Riigikantselei, lk 163
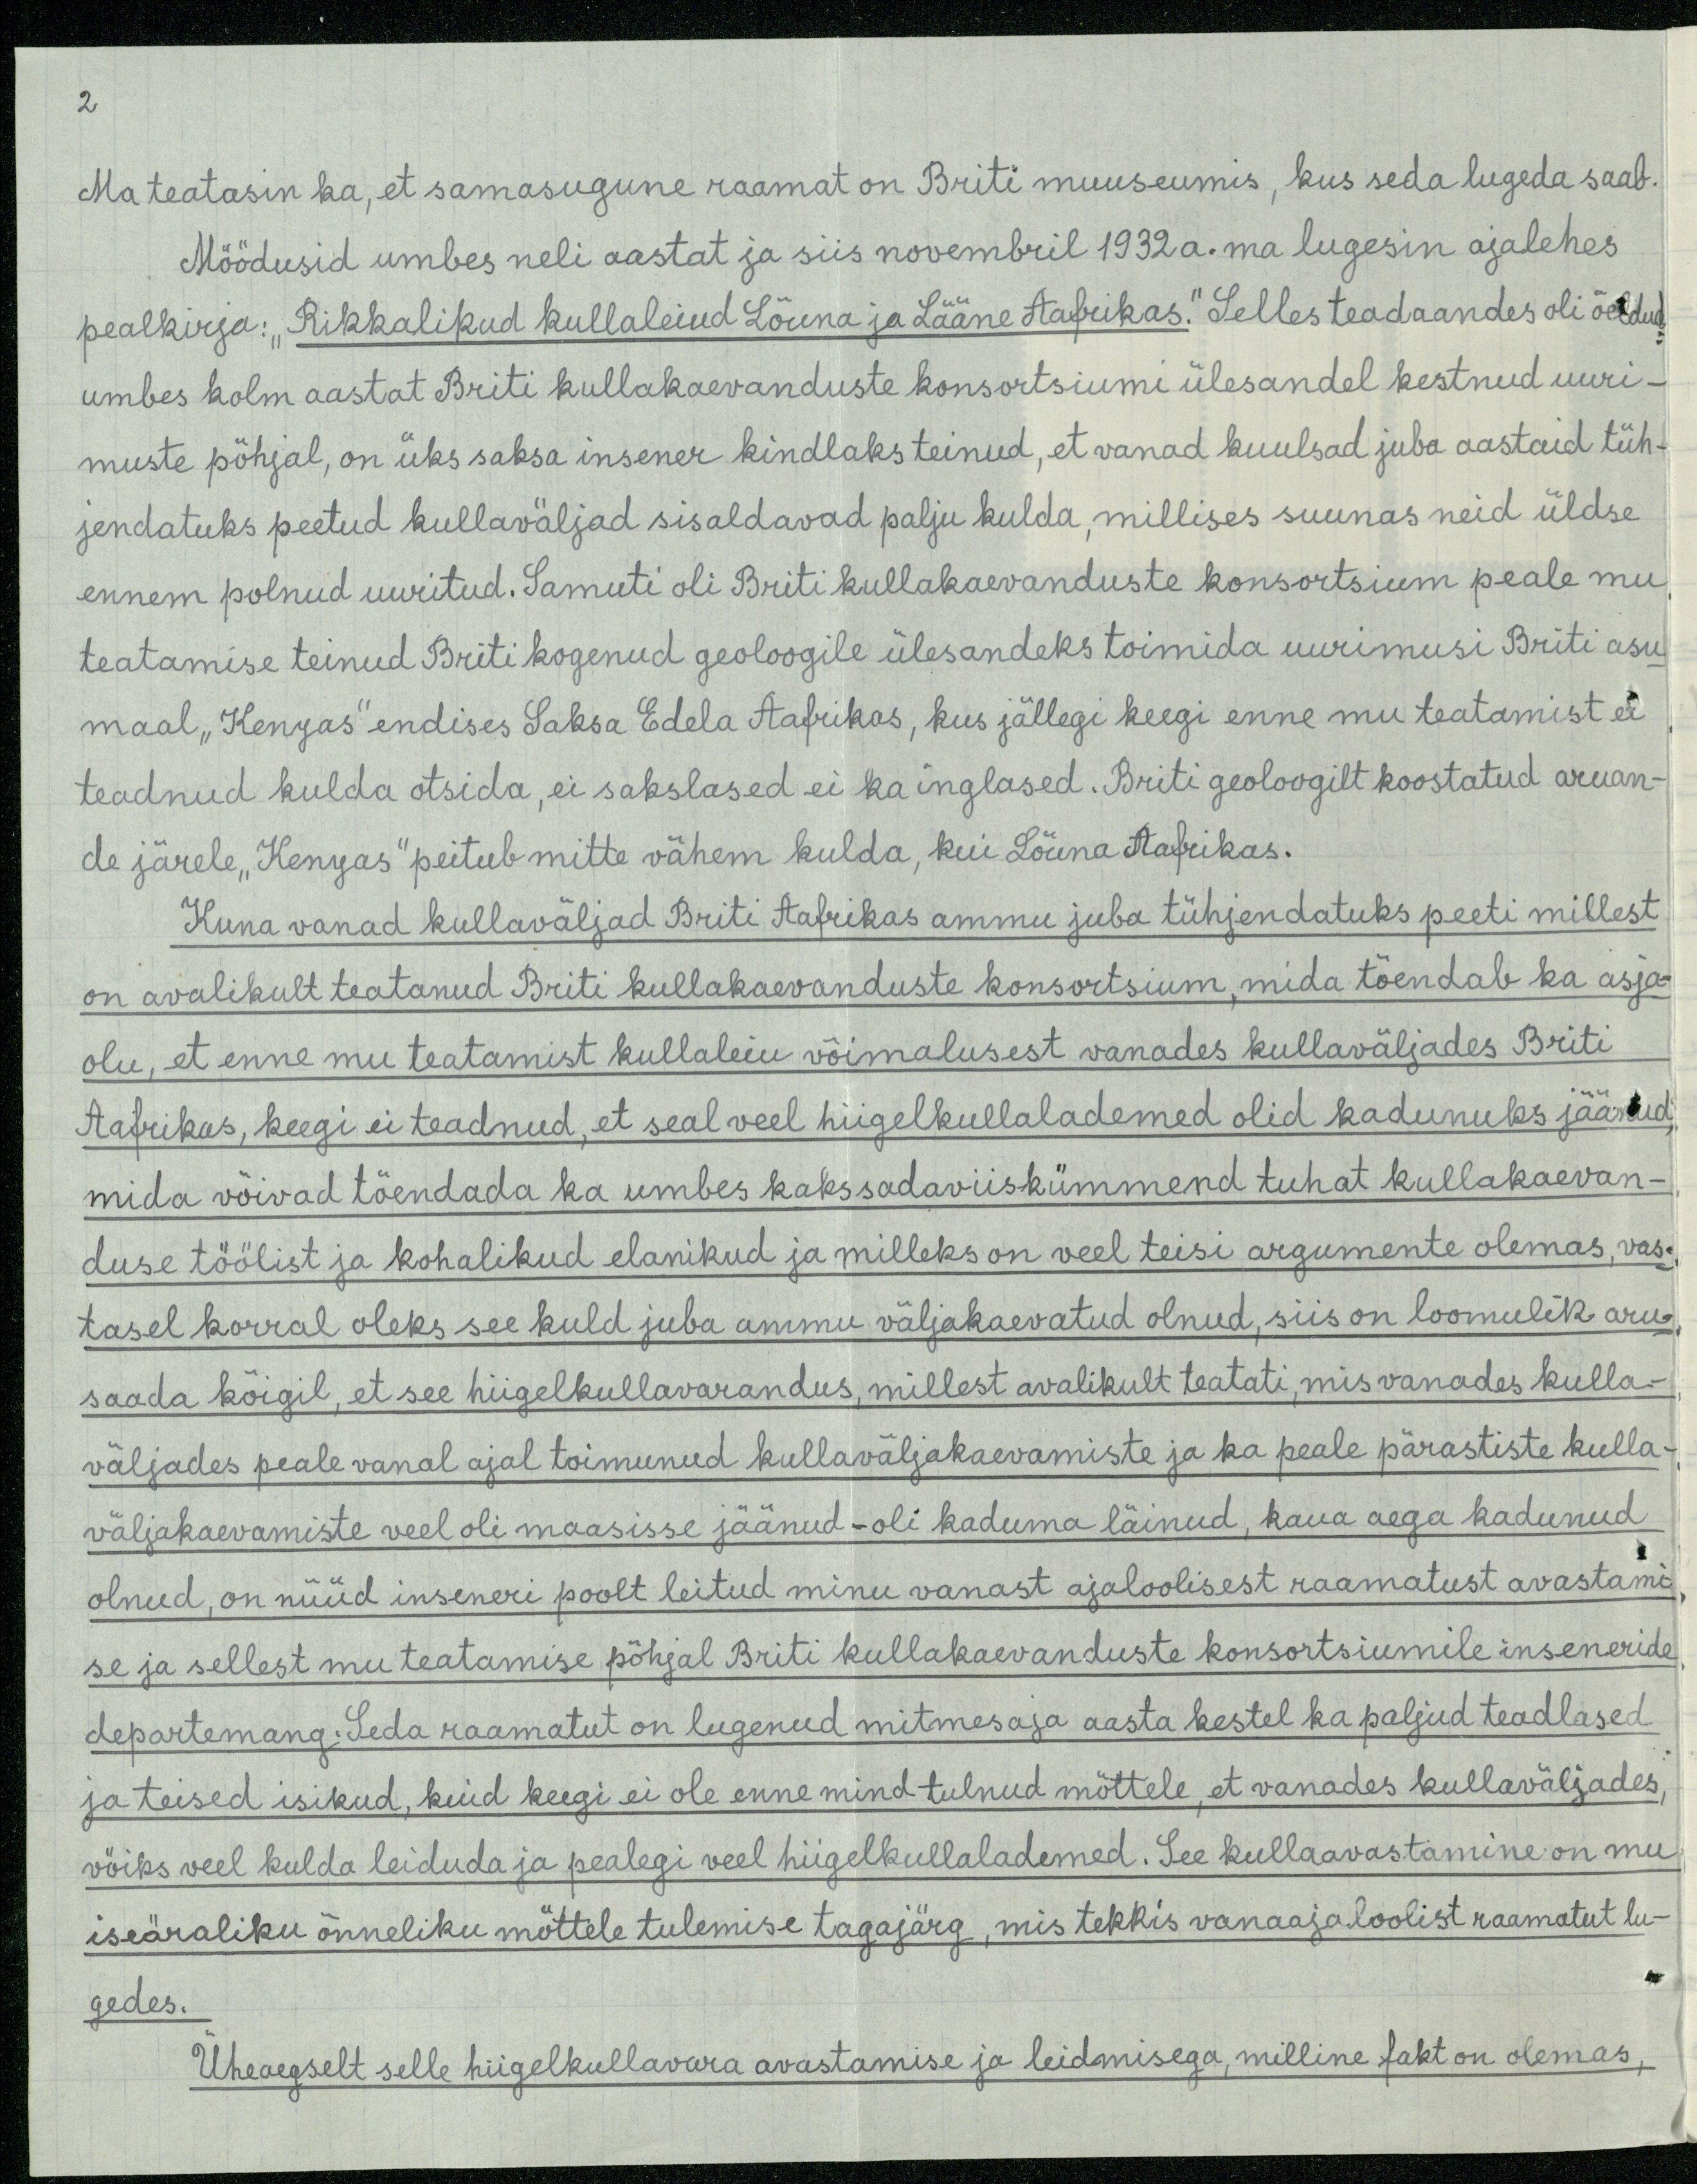
2

Ma teatasin ka, et samasugune raamat on Briti muuseumis, kus seda lugeda saab
Möödusid umbes neli aastat ja siis novembril 1932a. ma lugesin ajalehes
pealkirja: "Rikkalikud kullaleiud Lõuna ja Lääne Aafrikas." Selles teadaandes oli öeldud
umbes kolm aastat Briti kullakaevanduste konsortsiumi ülesandel kestnud uuri-
muste põhjal, on üks saksa insener kindlaks teinud, et vanad kuulsad juba aastaid tüh-
jendatuks peetud kullaväljad sisaldavad palju kulda, millises suunas neid üldse
ennem polnud uuritud. Samuti oli Briti kullakaevanduste konsortsium peale mu
teatamise teinud Briti kogenud geoloogile ülesandeks toimida uurimusi Briti asu
maal "Kenyas" endises Saksa Edela Aafrikas, kus jällegi keegi enne mu teatamist ei
teadnud kulda otsida, ei sakslased ei ka inglased. Briti geoloogilt koostatud aruan-
de järele "Kenyas" peitub mitte vähem kulda, kui Lõuna Aafrikas.
Kuna vanad kullaväljad Briti Aafrikas ammu juba tühjendatuks peeti millest
on avalikult teatanud Briti kullakaevanduste konsortsium, mida tõendab ka asja-
olu, et enne mu teatamist kullaleiu võimalusest vanades kullaväljades Briti
Aafrikas, keegi ei teadnud, et seal veel hiigel kullalademed olid kadunuks jäänud,
mida võivad tõendada ka umbes kakssadaviiskümmend tuhat kullakaevan-
duse töölist ja kohalikud elanikud ja milleks on veel teisi argumente olemas, vas-
tasel korral oleks see kuld juba ammu väljakaevatud olnud, siis on loomulik aru-
saada kõigil, et see hiigelkullavarandus, millest avalikult teatati, mis vanades kulla-
väljades peale vanal ajal toimunud kullaväljakaevamiste ja ka peale pärastiste kulla-
väljakaevamiste veel oli maasisse jäänud - oli kaduma läinud, kaua aega kadunud
olnud, on nüüd inseneri poolt leitud minu vanast ajaloolisest raamatust avastami-
se ja sellest mu teatamise põhjal Briti kullakaevanduste konsortsiumile inseneride
departemang. Seda raamatut on lugenud mitmesaja aasta kestel ka paljud teadlased
ja teised isikud, kuid keegi ei ole enne mind tulnud mõttele, et vanades kullaväljades
võiks veel kulda leiduda ja pealegi veel hiigelkullalademed. See kullaavastamine on mu
iseäraliku õnneliku mõttele tulemise tagajärg, mis tekkis vanaajaloolist raamatut lu-
gedes.
Üheaegselt selle hiigel kullavara avastamise ja leidmisega, milline fakt on olemas